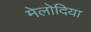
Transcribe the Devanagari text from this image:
मेलोदिया